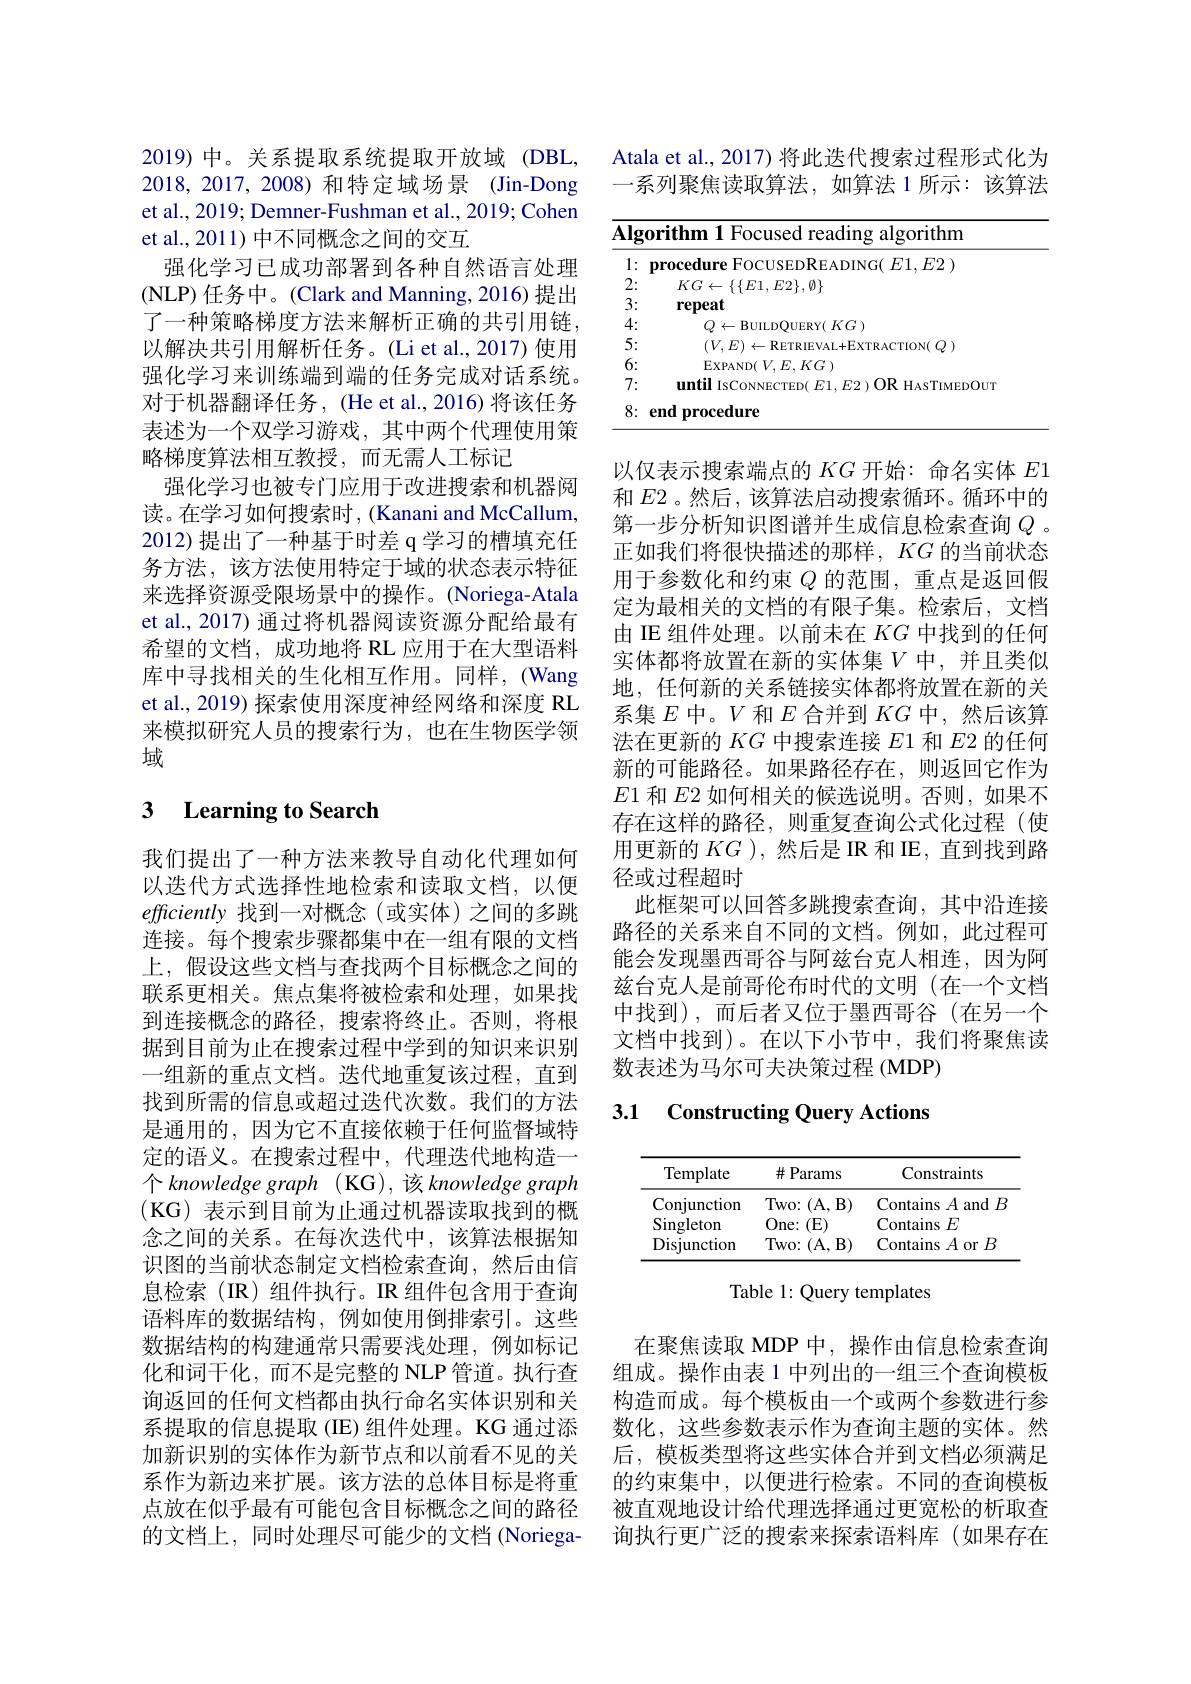
2019) 中。关系提取系统提取开放域 (DBL, 2018,2017,2008)和特定域场景(Jin-Dong et al., 2019; Demner-Fushman et al., 2019; Cohen et al., 2011) 中不同概念之间的交互
强化学习已成功部署到各种自然语言处理(NLP) 任务中。(Clark and Manning, 2016) 提出了一种策略梯度方法来解析正确的共引用链， 以解决共引用解析任务。(Li et al., 2017) 使用强化学习来训练端到端的任务完成对话系统。对于机器翻译任务，(He et al.,2016) 将该任务表述为一个双学习游戏，其中两个代理使用策略梯度算法相互教授，而无需人工标记
强化学习也被专门应用于改进搜索和机器阅读。在学习如何搜索时，(Kanani and McCallum, 2012)提出了一种基于时差 q 学习的槽填充任务方法，该方法使用特定于域的状态表示特征来选择资源受限场景中的操作。(Noriega-Atala et al., 2017) 通过将机器阅读资源分配给最有希望的文档，成功地将 RL 应用于在大型语料库中寻找相关的生化相互作用。同样，(Wang et al., 2019) 探索使用深度神经网络和深度 RL 来模拟研究人员的搜索行为，也在生物医学领域

## 3 $\textbf{Learning to Search}$

我们提出了一种方法来教导自动化代理如何以迭代方式选择性地检索和读取文档，以便efficiently 找到一对概念(或实体)之间的多跳连接。每个搜索步骤都集中在一组有限的文档上，假设这些文档与查找两个目标概念之间的联系更相关。焦点集将被检索和处理，如果找到连接概念的路径，搜索将终止。否则，将根据到目前为止在搜索过程中学到的知识来识别一组新的重点文档。迭代地重复该过程，直到找到所需的信息或超过迭代次数。我们的方法是通用的，因为它不直接依赖于任何监督域特定的语义。在搜索过程中，代理迭代地构造一个 knowledge graph ( KG), 该 knowledge graph $$($KG)表示到目前为止通过机器读取找到的概$ 念之间的关系。在每次迭代中，该算法根据知识图的当前状态制定文档检索查询，然后由信息检索(IR)组件执行。IR组件包含用于查询语料库的数据结构，例如使用倒排索引。这些数据结构的构建通常只需要浅处理，例如标记化和词干化，而不是完整的 NLP 管道。执行查询返回的任何文档都由执行命名实体识别和关系提取的信息提取(IE)组件处理。KG 通过添加新识别的实体作为新节点和以前看不见的关系作为新边来扩展。该方法的总体目标是将重点放在似乎最有可能包含目标概念之间的路径的文档上，同时处理尽可能少的文档(Noriega-

Atala et al., 2017) 将此迭代搜索过程形式化为一系列聚焦读取算法，如算法 1 所示：该算法

<table>
	<tbody>
		<tr>
			<td>$\overline{\mathbf{Alg}}$ T 1 1 1</td>
			<td>gorithm 1 Focused reading algorithm</td>
		</tr>
		<tr>
			<td>1 $r$ 1 -</td>
			<td>$F2$</td>
		</tr>
		<tr>
			<td>2:</td>
			<td>$KG\leftarrow\{\{E1,E2\},\emptyset\}$</td>
		</tr>
		<tr>
			<td>3:</td>
			<td>repeat</td>
		</tr>
		<tr>
			<td>4: $a_{1}=a_{1}$ $a_{1}=a_{1}$ $a_{1}=a_{1}$ ·</td>
			<td>$K(_{\mathbf{T}}^{*})$</td>
		</tr>
		<tr>
			<td>5 1</td>
			<td> </td>
		</tr>
		<tr>
			<td>6:</td>
			<td>$XPAND$ $^{\prime}G$</td>
		</tr>
		<tr>
			<td>7:</td>
			<td>mtil 1 IsCON $(1)k$ HASTIMEDOUT</td>
		</tr>
		<tr>
			<td>8: 、</td>
			<td>$\mathbf{\hat{\rho}m}$ nrmcen ure</td>
		</tr>
	</tbody>
</table>

以仅表示搜索端点的$KG$开始：命名实体$E$1和$E$2。然后，该算法启动搜索循环。循环中的第一步分析知识图谱并生成信息检索查询$Q$ 。正如我们将很快描述的那样，$KG$的当前状态用于参数化和约束$Q$的范围，重点是返回假定为最相关的文档的有限子集。检索后，文档由 IE 组件处理。以前未在$KG$中找到的任何由 IL 组 门 处 理 。以 间 不 任 $\Lambda G+$ว $\chi$到 时 位 问 实 体 都 将 放 置 在 新 的 实 体 集 $V$ 中 , 并 且 类 似地，任何新的关系链接实体都将放置在新的关系集$E$中。$V$和$E$合并到$KG$中，然后该算法在更新的$KG$中搜索连接$E$1 和$E$2 的任何新的可能路径。如果路径存在，则返回它作为$E1$和$E2$如何相关的候选说明。否则，如果不存在这样的路径，则重复查询公式化过程(使用更新的$KG$ ),然后是 IR 和 IE, 直到找到路径或过程超时
此框架可以回答多跳搜索查询，其中沿连接路径的关系来自不同的文档。例如，此过程可能会发现墨西哥谷与阿兹台克人相连，因为阿兹台克人是前哥伦布时代的文明(在一个文档中找到),而后者又位于墨西哥谷(在另一个文档中找到)。在以下小节中，我们将聚焦读数表述为马尔可夫决策过程 (MDP)

3.1 Constructing Query Actions

<table>
	<tbody>
		<tr>
			<th>Template</th>
			<th>$\#$Params</th>
			<th>Constraints</th>
		</tr>
		<tr>
			<td>Conjunction</td>
			<td>$Two:$ $(\mathbf{A},\mathbf{B})$</td>
			<td>Contains $sA\varepsilon$ and $E$ </td>
		</tr>
		<tr>
			<td>Singleton</td>
			<td>$One:$ (E)</td>
			<td>Contains $;E$</td>
		</tr>
		<tr>
			<td>Disjunction</td>
			<td>$Two:$ $(\mathbf{A}$, $B)$</td>
			<td>Contains s $A$ or $B$</td>
		</tr>
	</tbody>
</table>

Table 1: Query templates

在聚焦读取 MDP 中，操作由信息检索查询组成。操作由表 1 中列出的一组三个查询模板构造而成。每个模板由一个或两个参数进行参数化，这些参数表示作为查询主题的实体。然后，模板类型将这些实体合并到文档必须满足的约束集中，以便进行检索。不同的查询模板被直观地设计给代理选择通过更宽松的析取查询执行更广泛的搜索来探索语料库(如果存在